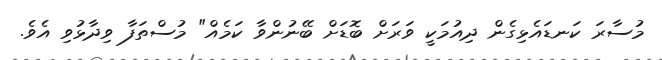
މުސާރަ ކަނޑައެޅިގެން ދިއުމަކީ ވަރަށް ބޮޑަށް ބޭނުންވާ ކަމެއް" މުސްތަފާ ވިދާޅުވި އެެވެ.